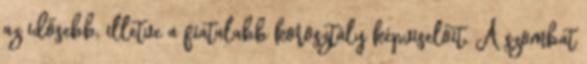
az idősebb, illetve a fiatalabb korosztály képviselőit. A szombat